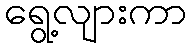
ရွေ့လျားကာ